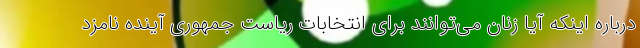
درباره اینکه آیا زنان می‌توانند برای انتخابات ریاست جمهوری آینده نامزد